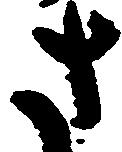
さ